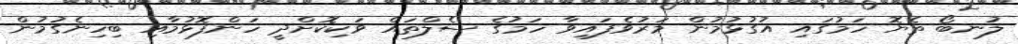
ލުނބޯ ތެޔޮ ހަމުގައި އުގުޅުމުން މަރުވެފައިވާ ހަމުގެ ސެލްތައް ވަކިކޮށްދީ ހަންފޮޅުމާއި ބިހިނެގުމުން